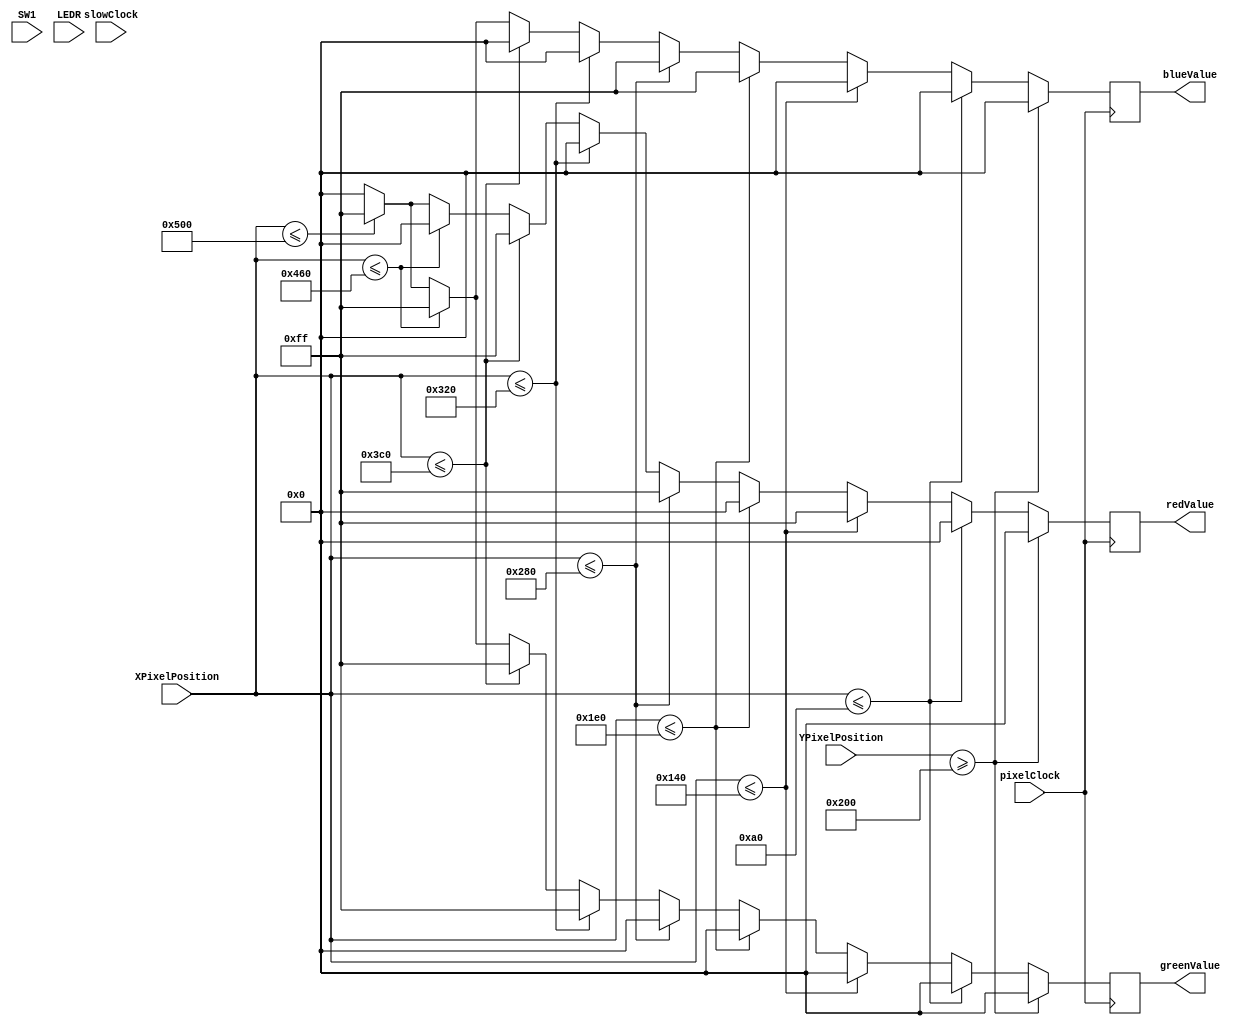
module eight_colors(
	output reg [7:0] redValue, blueValue, greenValue,
	input pixelClock,			// 50Mhz.
			slowClock, 			// pixelClock/2^20 => 48Hz
	input [10:0] 	XPixelPosition, 	// Position on x-axis. Increments on pixelClock with some deadzone at start and end.
						YPixelPosition,	// Position on y-axis. Increments when XPixelPosition has reached end of screen+deadzone.
			
	input		SW1,
	input [10:0] LEDR
	);


	
	always@ (posedge pixelClock) begin
		if(YPixelPosition >= 1024/2)
			begin 	
				redValue <= 8'b00000000; 
				blueValue <= 8'b00000000;
				greenValue <= 8'b00000000;		
			end
		else if(XPixelPosition <= 1280/8)
			begin 	
				redValue <= 8'b00000000; 
				blueValue <= 8'b00000000;
				greenValue <= 8'b00000000;		
			end
		else if(XPixelPosition <= 1280/8*2)
			begin 	
				redValue <= 8'b11111111; 
				blueValue <= 8'b00000000;
				greenValue <= 8'b00000000;		
			end	
		else if(XPixelPosition <= 1280/8*3)
			begin 	
				redValue <= 8'b00000000; 
				blueValue <= 8'b11111111;
				greenValue <= 8'b00000000;		
			end	
		else if(XPixelPosition <= 1280/8*4)
			begin 	
				redValue <= 8'b11111111; 
				blueValue <= 8'b11111111;
				greenValue <= 8'b00000000;		
			end	
		else if(XPixelPosition <= 1280/8*5)
			begin // Green
				redValue <= 8'b00000000; 
				blueValue <= 8'b00000000;
				greenValue <= 8'b11111111;		
			end	
		else if(XPixelPosition <= 1280/8*6)
			begin // Magenta
				redValue <= 8'b11111111; 
				blueValue <= 8'b00000000;
				greenValue <= 8'b11111111;		
			end	
		else if(XPixelPosition <= 1280/8*7)
			begin 	
				redValue <= 8'b00000000; 
				blueValue <= 8'b11111111;
				greenValue <= 8'b11111111;		
			end	
		else if(XPixelPosition <= 1280/8*8)
			begin 	
				redValue <= 8'b11111111; 
				blueValue <= 8'b11111111;
				greenValue <= 8'b11111111;		
			end
		else
			begin
				redValue <= 8'b00000000; 
				blueValue <= 8'b00000000;
				greenValue <= 8'b00000000;	
			end
	end
endmodule